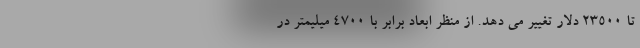
تا 23500 دلار تغییر می دهد. از منظر ابعاد برابر با 4700 میلیمتر در